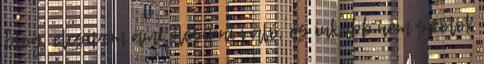
blog, elcsípem ami elcsípni való, és inkább nem szólok